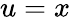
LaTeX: u=x